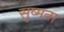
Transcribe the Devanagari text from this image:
सुष्मना